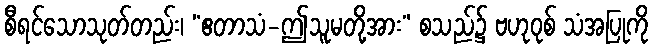
စီရင်သောသုတ်တည်း၊ “ဧတာသံ-ဤသူမတို့အား” စသည်၌ ဗဟုဝုစ် သံအပြုကို